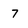
Character: 7